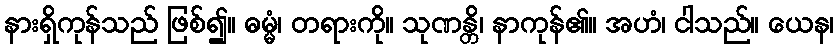
နားရှိကုန်သည် ဖြစ်၍။ ဓမ္မံ၊ တရားကို။ သုဏန္တိ၊ နာကုန်၏။ အဟံ၊ ငါသည်။ ယေန၊